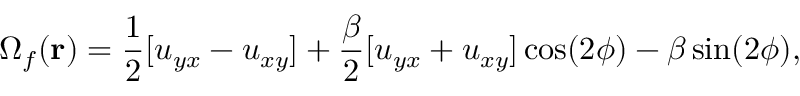
\Omega _ { f } ( \mathbf r ) = \frac { 1 } { 2 } [ u _ { y x } - u _ { x y } ] + \frac { \beta } { 2 } [ u _ { y x } + u _ { x y } ] \cos ( 2 \phi ) - \beta \sin ( 2 \phi ) ,